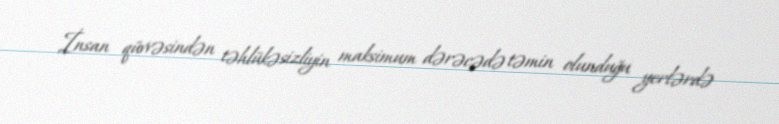
İnsan qüvvəsindən təhlükəsizliyin maksimum dərəcədə təmin olunduğu yerlərdə